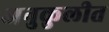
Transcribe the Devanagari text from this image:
अनुकुलीत